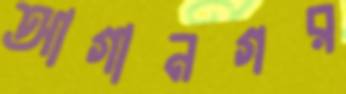
আগানগর